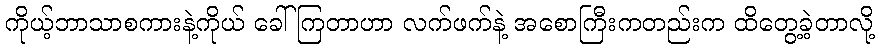
ကိုယ့်ဘာသာစကားနဲ့ကိုယ် ခေါ်ကြတာဟာ လက်ဖက်နဲ့ အစောကြီးကတည်းက ထိတွေ့ခဲ့တာလို့